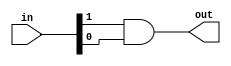
module and2 (
		input  wire [1:0] in,
		output wire       out
		
		);
		
		assign out = in[1] & in[0];
		
endmodule